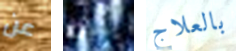
عن لست بالعلاج